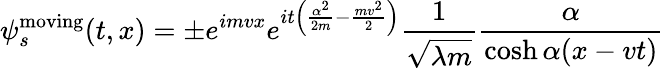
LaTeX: \psi_{s}^{\mathrm{moving}}(t,x)=\pm e^{imvx}e^{it\left(\frac{\alpha^{2}}{2m}-\frac{mv^{2}}{2}\right)}\frac{1}{\sqrt{\lambda m}}\frac{\alpha}{\cosh\alpha(x-vt)}